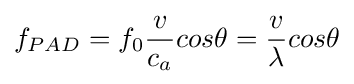
f_{PAD}=f_{0}{\frac {v}{c_{a}}}cos\theta ={\frac {v}{\lambda }}cos\theta